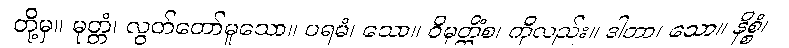
တို့မှ။ မုတ္တံ၊ လွတ်တော်မူသော။ ပရမံ၊ သော။ ဝိမုတ္တိံစ၊ ကိုလည်း။ ဒါတာ၊ သော။ နိစ္စံ၊